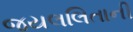
જયલલિતાની